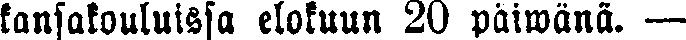
kansakouluissa elokuun 20 päiwänä. —